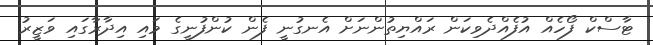
ޓާސްކް ފޯހެއް އުފެއްދެވިކަން ރައްޔިތުންނަށް އެނގުނީ ފެން ކުންފުނީގެ މައި އިދާރާގައި ވަޒީރު